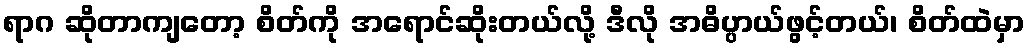
ရာဂ ဆိုတာကျတော့ စိတ်ကို အရောင်ဆိုးတယ်လို့ ဒီလို အဓိပ္ပာယ်ဖွင့်တယ်၊ စိတ်ထဲမှာ